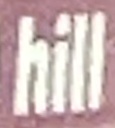
hill